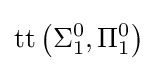
\operatorname {tt} \left(\Sigma _{1}^{0},\Pi _{1}^{0}\right)